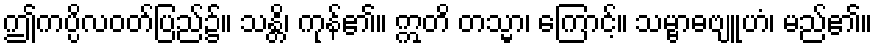
ဤကပ္ပိလဝတ်ပြည်၌။ သန္တိ၊ ကုန်၏။ ဣတိ တသ္မာ၊ ကြောင့်။ သမ္ဗာဓဗျူဟံ၊ မည်၏။